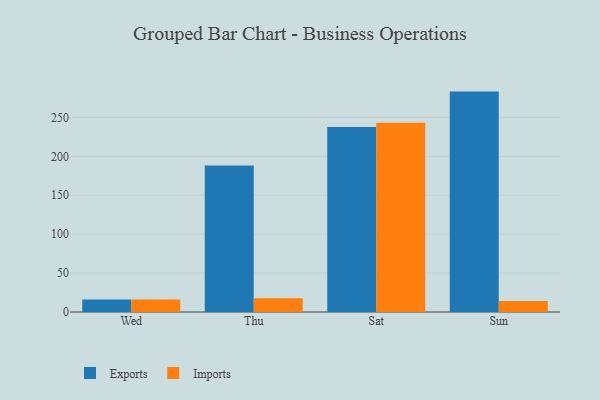
{"axis": {"x": "Day", "y": "Tickets Resolved"}, "legend": ["Exports", "Imports"], "data": [{"x": "Wed", "y": 16.1, "type": "Exports"}, {"x": "Wed", "y": 15.9, "type": "Imports"}, {"x": "Thu", "y": 188.3, "type": "Exports"}, {"x": "Thu", "y": 17.6, "type": "Imports"}, {"x": "Sat", "y": 237.5, "type": "Exports"}, {"x": "Sat", "y": 243.2, "type": "Imports"}, {"x": "Sun", "y": 283.1, "type": "Exports"}, {"x": "Sun", "y": 14.0, "type": "Imports"}]}